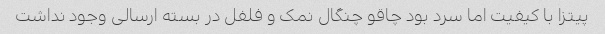
پیتزا با کیفیت اما سرد بود چاقو چنگال نمک و فلفل در بسته ارسالی وجود نداشت